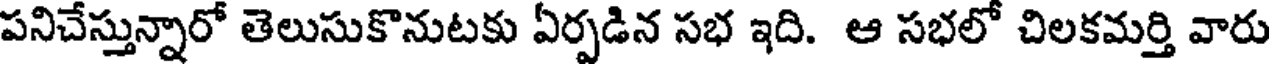
పనిచేస్తున్నారో తెలుసుకొనుటకు ఏర్పడిన సభ ఇది. ఆ సభలో చిలకమర్తి వారు